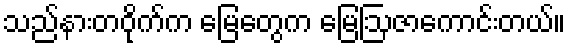
သည်နားတဝိုက်က မြေတွေက မြေဩဇာကောင်းတယ်။